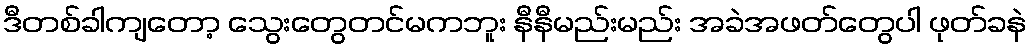
ဒီတစ်ခါကျတော့ သွေးတွေတင်မကဘူး နီနီမည်းမည်း အခဲအဖတ်တွေပါ ဖုတ်ခနဲ